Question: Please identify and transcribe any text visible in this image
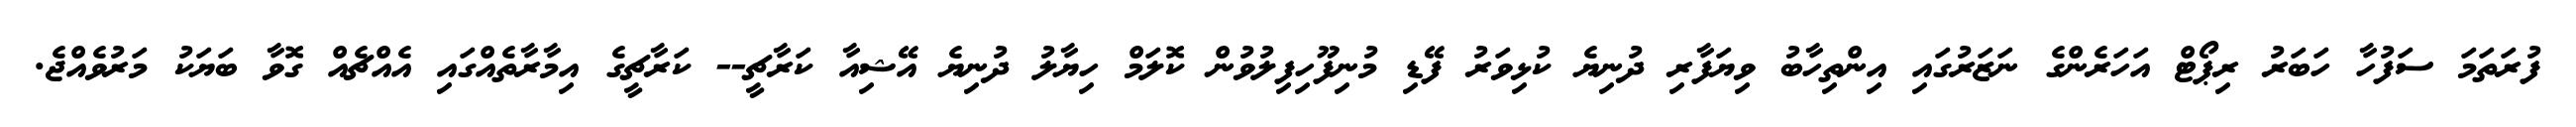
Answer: ފުރަތަމަ ސަފުހާ ހަބަރު ރިޕޯޓް އަހަރެންގެ ނަޒަރުގައި އިންތިހާބު ވިޔަފާރި ދުނިޔެ ކުޅިވަރު ފޭޑި މުނިފޫހިފިލުވުން ކޮލަމް ހިޔާލު ދުނިޔެ އޭޝިއާ ކަރާޗީ-- ކަރާޗީގެ އިމާރާތެއްގައި އެއްޗެއް ގޮވާ ބަޔަކު މަރުވެއްޖެ.